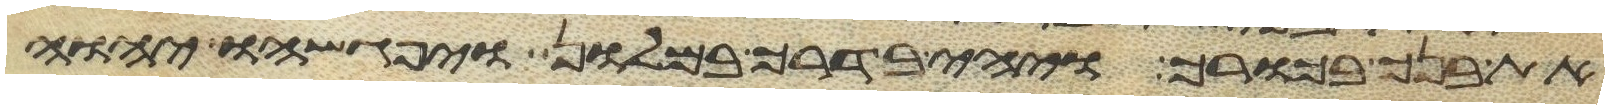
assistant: את בנך בכורך ויהי בדרך במלון ויפגשהו יהוה